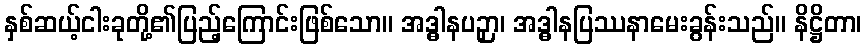
နှစ်ဆယ့်ငါးခုတို့၏ပြည့်ကြောင်းဖြစ်သော။ အဒ္ဓါနပဉှာ၊ အဒ္ဓါနပြဿနာမေးခွန်းသည်။ နိဋ္ဌိတာ၊